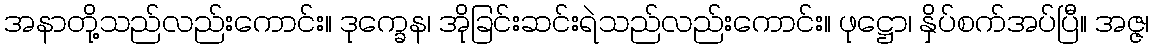
အနာတို့သည်လည်းကောင်း။ ဒုက္ခေန၊ အိုခြင်းဆင်းရဲသည်လည်းကောင်း။ ဖုဋ္ဌော၊ နှိပ်စက်အပ်ပြီ။ အဇ္ဇ၊